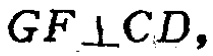
$GF\perp CD,$